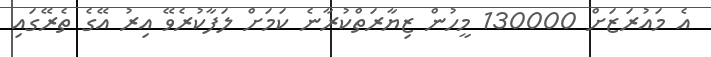
އެ މައުރަޒަށް 130000 މީހުން ޒިޔާރަތްކުރާނެ ކަމަށް ލަފާކުރެވޭ އިރު އޭގެ ތެރޭގައި